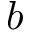
b